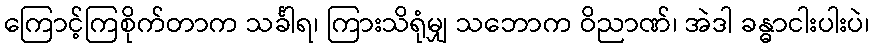
ကြောင့်ကြစိုက်တာက သင်္ခါရ၊ ကြားသိရုံမျှ သဘောက ဝိညာဏ်၊ အဲဒါ ခန္ဓာငါးပါးပဲ၊